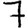
Digit: 7